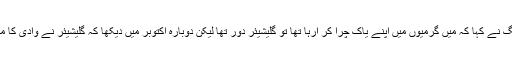
ایک مقامی چرواہے فہیم بیگ نے کہا کہ میں گرمیوں میں اپنے یاک چرا کر آرہا تھا تو گلیشیئر دور تھا لیکن دوبارہ اکتوبر میں دیکھا کہ گلیشیئر نے وادی کا مکمل طور پر بند کردیا ہے۔